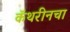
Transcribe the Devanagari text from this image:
कॅथरीनचा